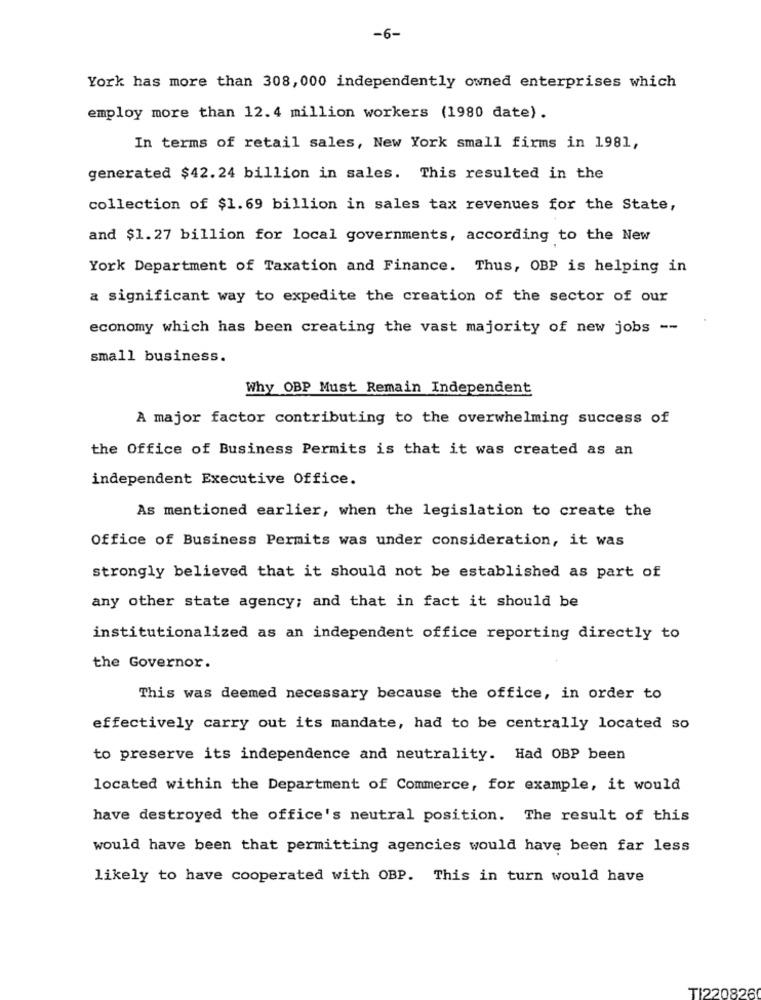
-6-
York has more than 308, 000 independently owned enterprises which
employ more than 12. 4 million workers (1980 date).
In terms of retail sales, New York small firms in 1981,
generated $42.24 billion in sales. This resulted in the
collection of $1.69 billion in sales tax revenues for the State,
and $1.27 billion for local governments, according to the New
York Department of Taxation and Finance. Thus, OBP is helping in
a significant way to expedite the creation of the sector of our
economy which has been creating the vast majority of new jobs --
small business.
Why OBP Must Remain Independent
A major factor contributing to the overwhelming success of
the Office of Business Permits is that it was created as an
independent Executive Office.
As mentioned earlier, when the legislation to create the
Office of Business Permits was under consideration, it was
strongly believed that it should not be established as part of
any other state agency; and that in fact it should be
institutionalized as an independent office reporting directly to
the Governor.
This was deemed necessary because the office, in order to
effectively carry out its mandate, had to be centrally located so
to preserve its independence and neutrality. Had OBP been
located within the Department of Commerce, for example, it would
have destroyed the office's neutral position. The result of this
would have been that permitting agencies would have been far less
likely to have cooperated with OBP. This in turn would have
TI220826